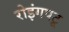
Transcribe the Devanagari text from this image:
रोइंगपटू